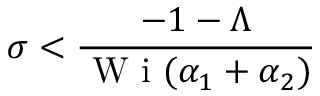
\sigma < \frac { - 1 - \Lambda } { \mathrm { ~ W ~ i ~ } ( \alpha _ { 1 } + \alpha _ { 2 } ) }